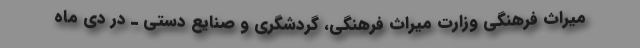
میراث فرهنگی‌ وزارت میراث فرهنگی، گردشگری و صنایع دستی ـ در دی ماه